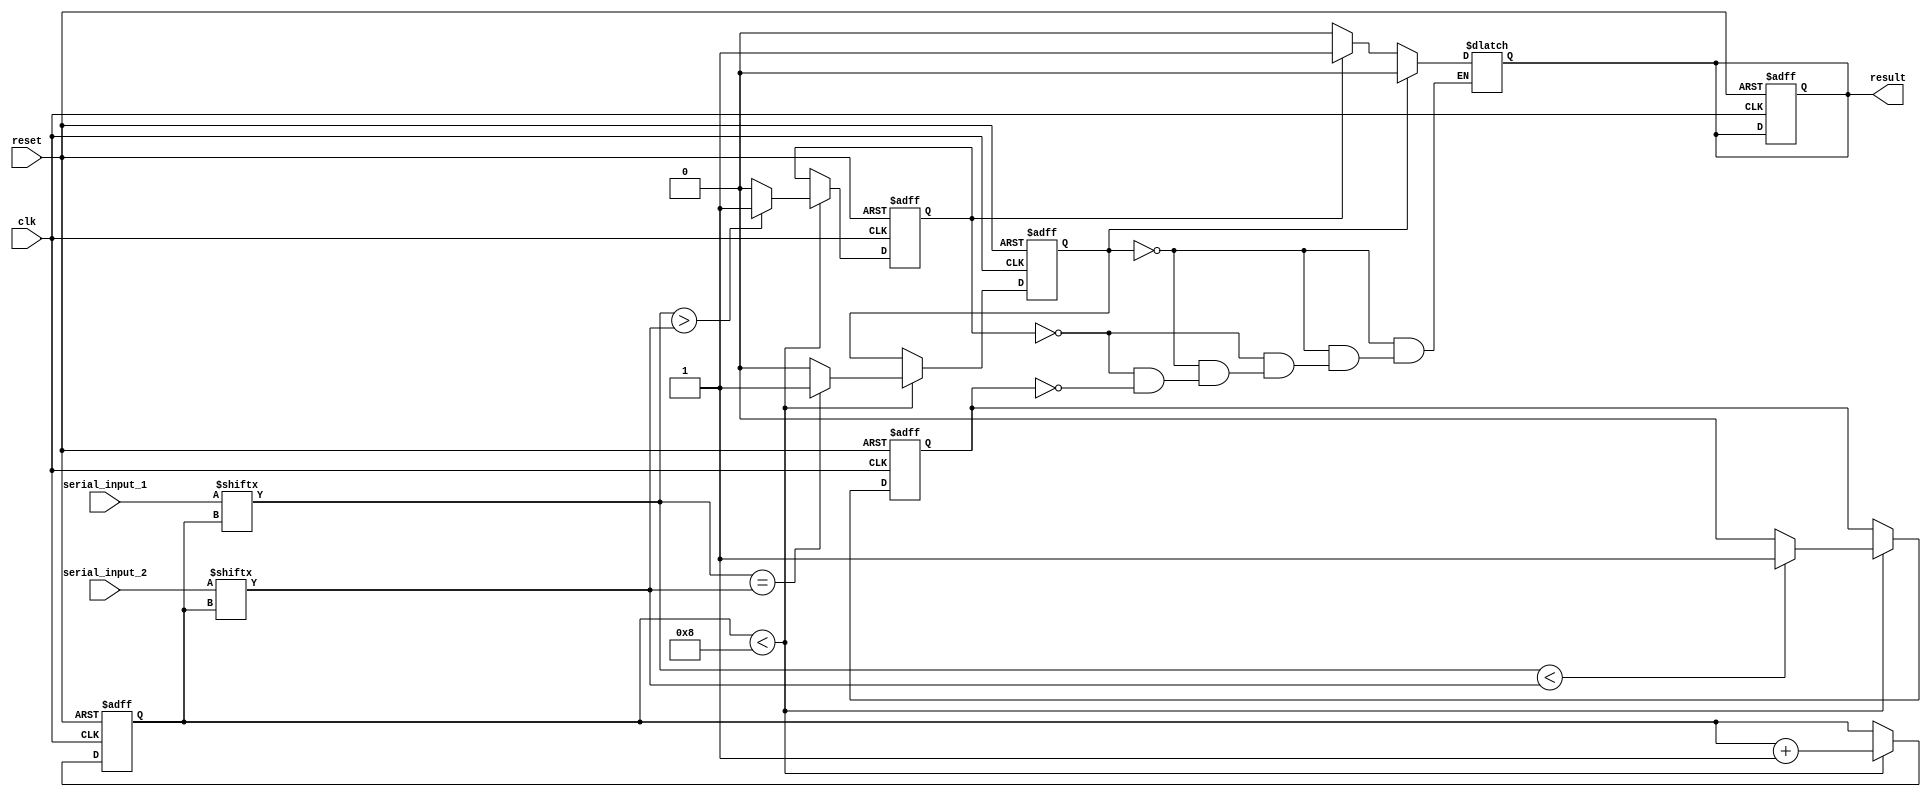
module serial_comparator (
    input wire clk,
    input wire reset,
    input wire serial_input_1,
    input wire serial_input_2,
    output reg result
);

reg [7:0] counter;
reg equal, greater, less;

always @(posedge clk or posedge reset) begin
    if (reset) begin
        counter <= 8'd0;
        result <= 1'b0;
        equal <= 1'b0;
        greater <= 1'b0;
        less <= 1'b0;
    end else begin
        if (counter < 8) begin
            if (serial_input_1[counter] == serial_input_2[counter]) begin
                equal <= 1'b1;
            end else begin
                equal <= 1'b0;
            end
            if (serial_input_1[counter] > serial_input_2[counter]) begin
                greater <= 1'b1;
            end else begin
                greater <= 1'b0;
            end
            if (serial_input_1[counter] < serial_input_2[counter]) begin
                less <= 1'b1;
            end else begin
                less <= 1'b0;
            end
            counter <= counter + 1;
        end
    end
end

always @(*) begin
    if (equal) begin
        result = 1'b0;
    end else begin
        if (greater) begin
            result = 1'b1;
        end else if (less) begin
            result = 1'b0;
        end
    end
end

endmodule